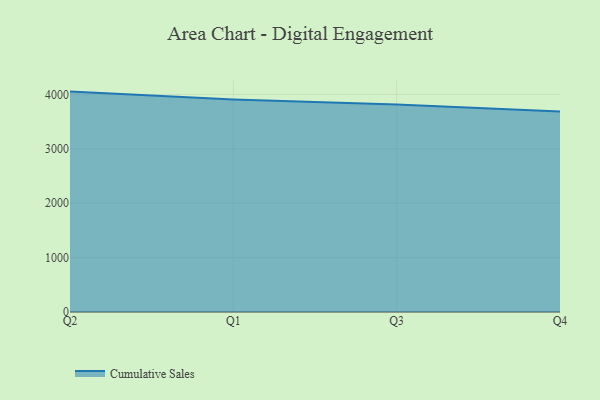
{"axis": {"x": "Quarter", "y": "Bounce Rate (%)"}, "legend": ["Cumulative Sales"], "data": [{"x": "Q2", "y": 4051.6, "type": "Cumulative Sales"}, {"x": "Q1", "y": 3906.4, "type": "Cumulative Sales"}, {"x": "Q3", "y": 3813.6, "type": "Cumulative Sales"}, {"x": "Q4", "y": 3686.9, "type": "Cumulative Sales"}]}